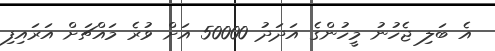
އެ ބަލި ޖެހުނު މީހުންގެ އަދަދު 50000 އަށް ވުރެ މައްޗަށް އަރައިފި